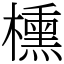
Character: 櫄